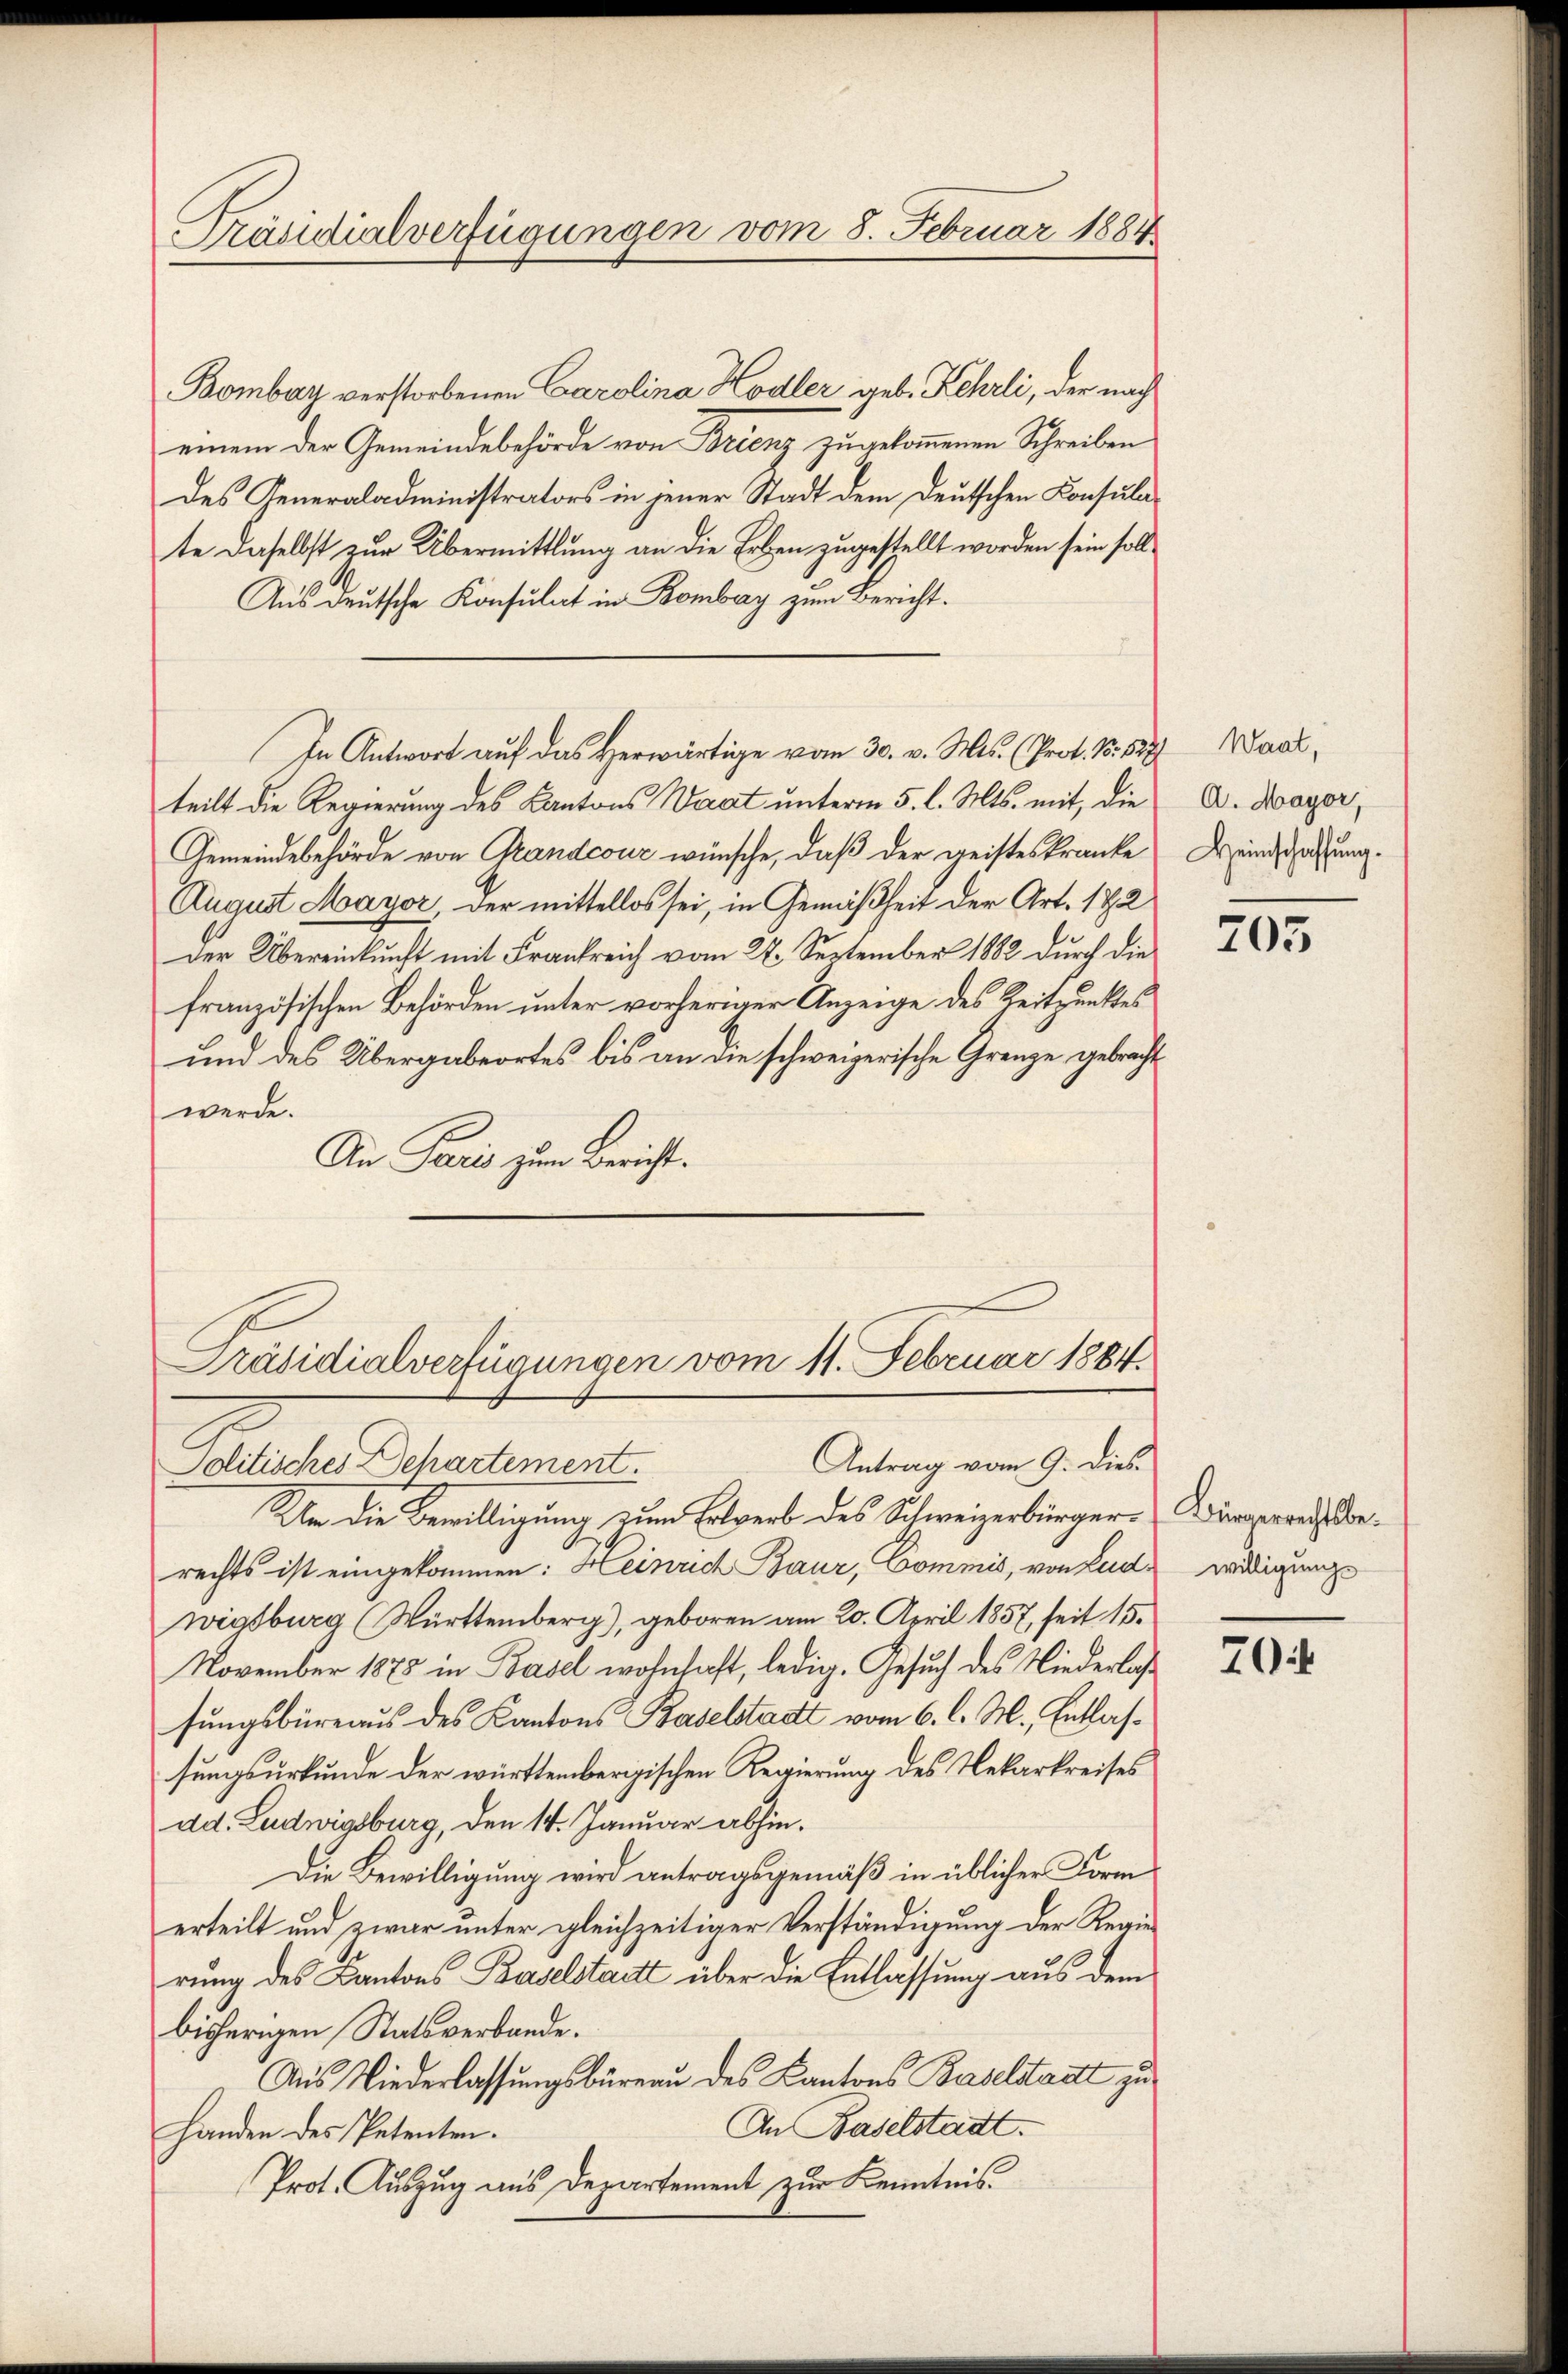
Präsidialverfügungen vom 8. Februar 1884

Bombay verstorbenen Carolina Hodler geb. Kehrli, der nach
einem der Gemeindebehörde von Brienz zugekommenen Schreiben
des Generaladministrators in jener Stadt dem Deutschen Konsulate daselbst zur Übermittlung an die Erben zugestellt worden sein soll¬
Aus deutsche Konsulat in Bombay zum Bericht.
In Antwort auf das Herwärtige vom 30. v. Mts. (Prot. No. 527) Waal,
teilt die Regierung des Kantons Waat unterm 5. l. Mts. mit, die
Gemeindebehörde von Grandcour wünsche, daß der geisteskranke
August Mayor, der mittellos sei, in Gemäßheit der Art. 172
Der Übereinkunft mit Frankreich vom 22. September 1882 durch die
französischen Behörden unter vorheriger Anzeige des Zeitpunktes
und des Übergabeortes bis an die schweizerische Grenze gebracht
werde.
Ain Paris zum Bericht.
Präsidialverfügungen vom 11. Februar 1884.
Antrag vom 9. dies
Solitisches Departement.
Um die Bewilligung zum Erwerb des Schweizerbürger-Kirapperaths Berechts ist eingekommen: Heinrich Baur, Commis, von Ludwiasburg (Württemberg), geboren am 20. April 1857, seit 15.
November 1875 in Basel wohnhaft, ledig. Gesuch des Niederlaß
sungsbüreaus des Kantons Baselstadt vom 6. l. M., Entlassungsurkunde der württembergischen Regierung des Nekarkreises
dd. Ludwigsburg, den 14. Januar abhin.
Die Bewilligung wird antragsgemäß in üblicher Form
erteilt und zwar unter gleichzeitiger Verständigung der Regierung des Kantons Baselstant über die Entlassung aus dem
bisherigen Statsverbande.
Aus Niederlassungsbüreau des Kantons Baselstatt zu
An Baselstadt.
Handen des Petenten.
Prot. Auszug aus Departement zur Kenntnis

A. Mayor,
Heimschaffung.

205

willigungs

70